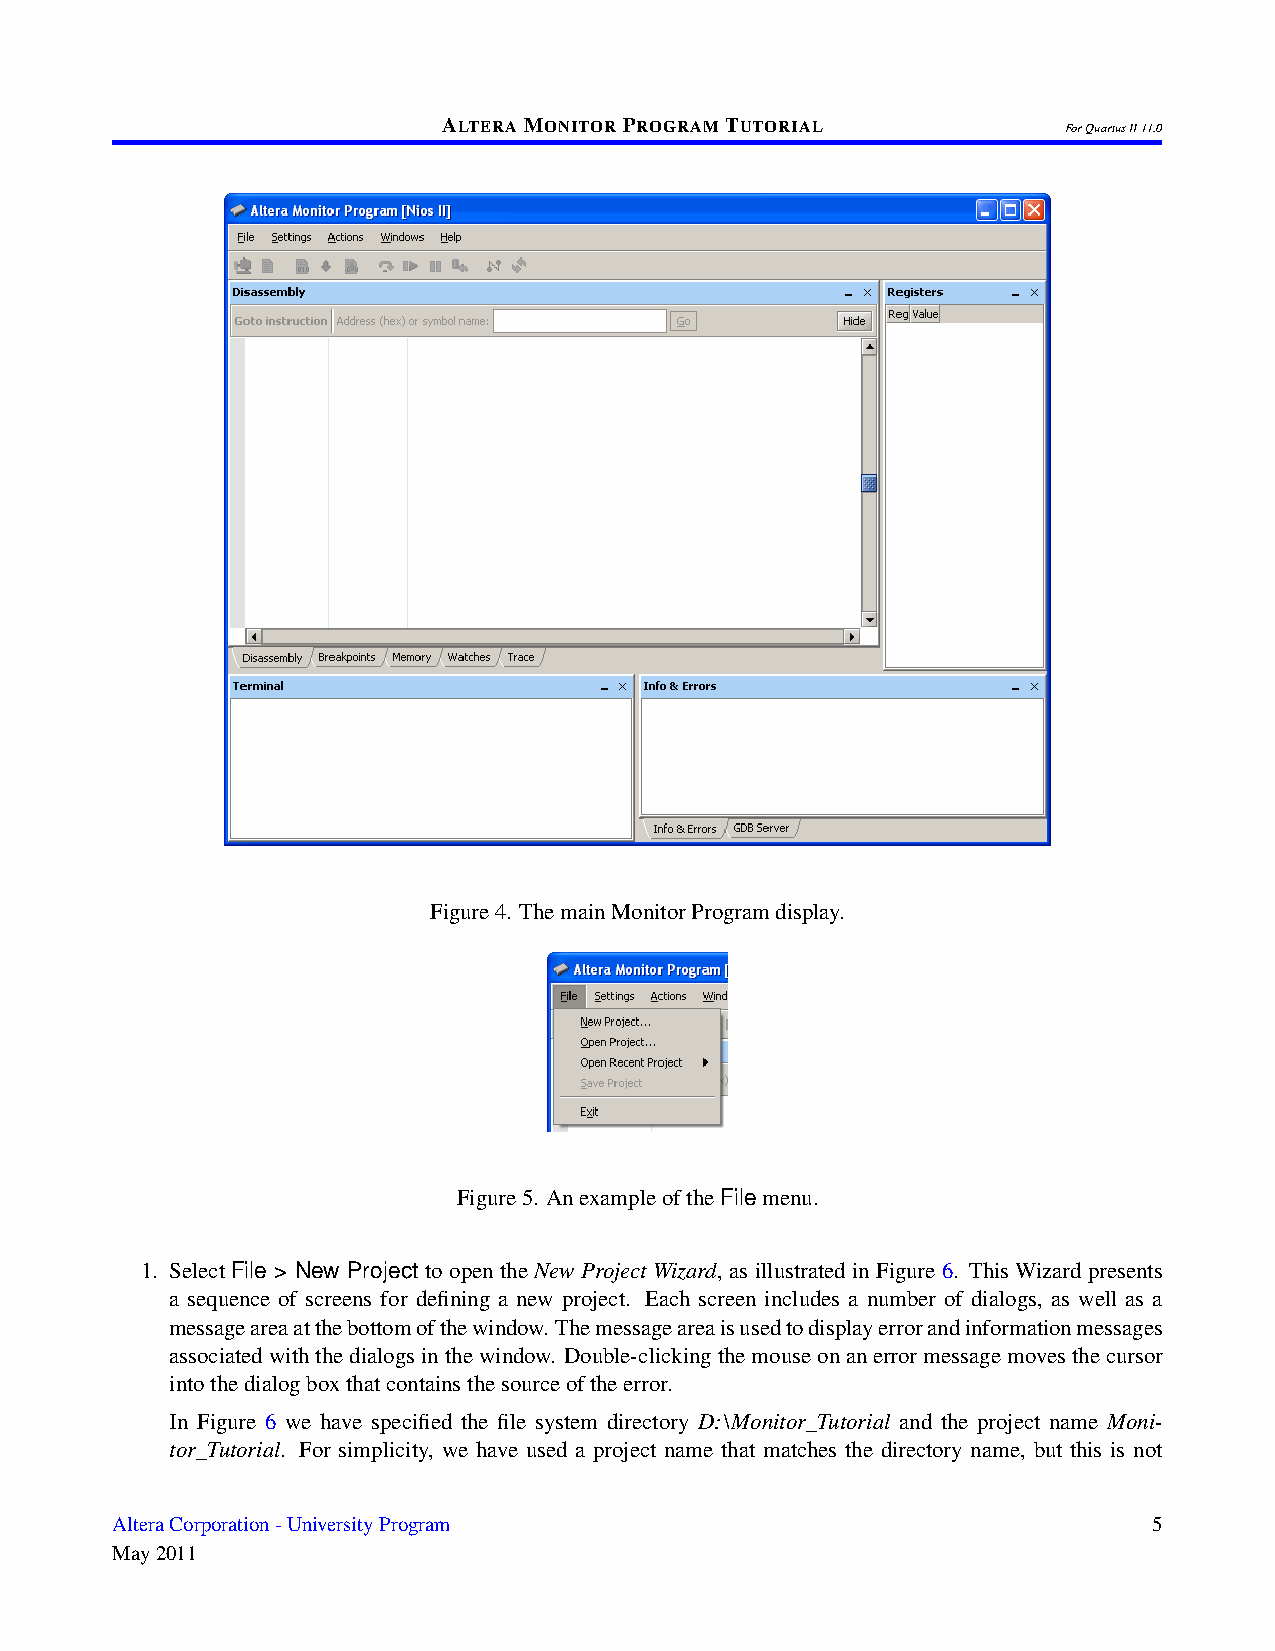
ALTERAMONITORPROGRAMTUTORIAL
 ForQuartusII11.0
 Figure4. ThemainMonitorProgramdisplay.
 Figure5. AnexampleoftheFilemenu.
 1. Select File > New Project to open the New Project Wizard, as illustrated in Figure 6. This Wizard presents
 a sequence of screens for defining a new project. Each screen includes a number of dialogs, as well as a
 messageareaatthebottomofthewindow. Themessageareaisusedtodisplayerrorandinformationmessages
 associatedwiththedialogsinthewindow. Double-clickingthemouseonanerrormessagemovesthecursor
 intothedialogboxthatcontainsthesourceoftheerror.
 In Figure 6 we have specified the file system directory D:\Monitor_Tutorial and the project name Moni-
 tor_Tutorial. For simplicity, we have used a project name that matches the directory name, but this is not
 AlteraCorporation-UniversityProgram                                  5
 May2011